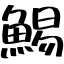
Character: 鯣